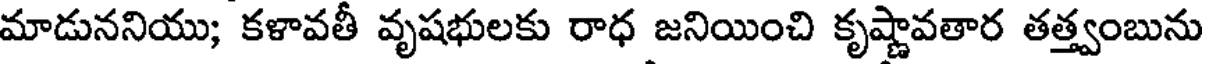
మాడుననియు; కళావతీ వృషభులకు రాధ జనియించి కృష్ణావతార తత్త్వంబును